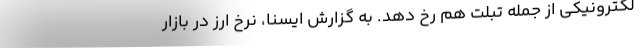
لکترونیکی از جمله تبلت هم رخ دهد. به گزارش ایسنا، نرخ ارز در بازار